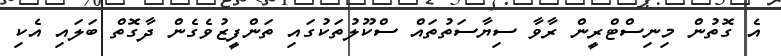
އެ ގޮތުން މިނިސްޓްރީން ރާވާ ސިޔާސަތުތައް ސްކޫލުތަކުގައި ތަންފީޒުވެގެން ދާގޮތް ބަލައި އެކި